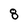
Character: 8